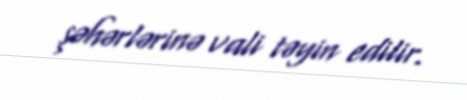
şəhərlərinə vali təyin edilir.